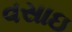
વસાઇ